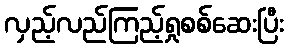
လှည့်လည်ကြည့်ရှုစစ်ဆေးပြီး